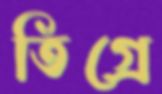
তিগ্রে